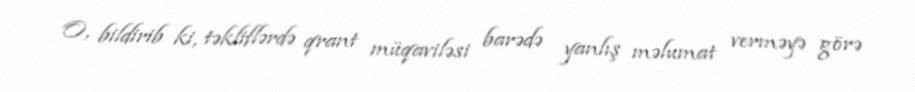
O, bildirib ki, təkliflərdə qrant müqaviləsi barədə yanlış məlumat verməyə görə